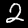
Label: 2